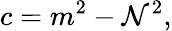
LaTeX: c=m^{2}-\mathcal{N}^{2},